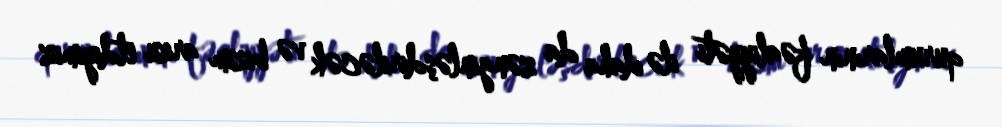
qurumlarının fəaliyyəti ilə daha da zənginləşdiriləcək və bizim arzu etdiyimiz